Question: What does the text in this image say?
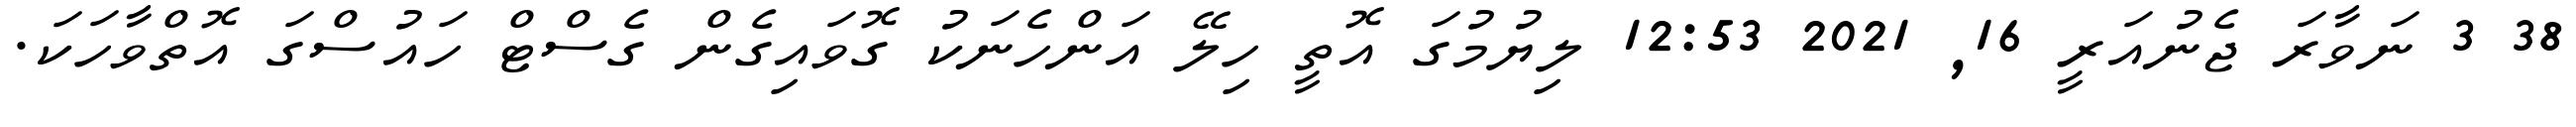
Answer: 38 3 ނަވާރަ ޖެނުއަރީ 16, 2021 12:53 ލިޔުމުގަ އޮތީ ހިލޭ އަންހެނަކު ގޮވައިގެން ގެސްޓް ހައުސްގަ އޮތްވާހަކަ.